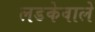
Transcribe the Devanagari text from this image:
लडकेवाले